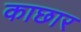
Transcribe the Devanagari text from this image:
काछार